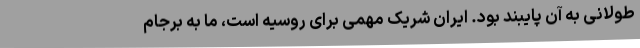
طولانی به آن پایبند بود. ایران شریک مهمی برای روسیه است، ما به برجام